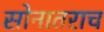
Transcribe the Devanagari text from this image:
सोनातराच